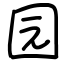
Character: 园